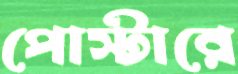
পোস্টারে